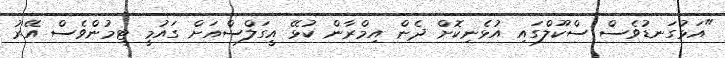
"އަޅުގަނޑުވެސް ސްކޫލްގައި އުޅެނިކޮށް ދެން އިމްރާން ކުޅޭ އީގަލްސްއަށް ގައުމީ ޓީމުންވެސް އޭރު